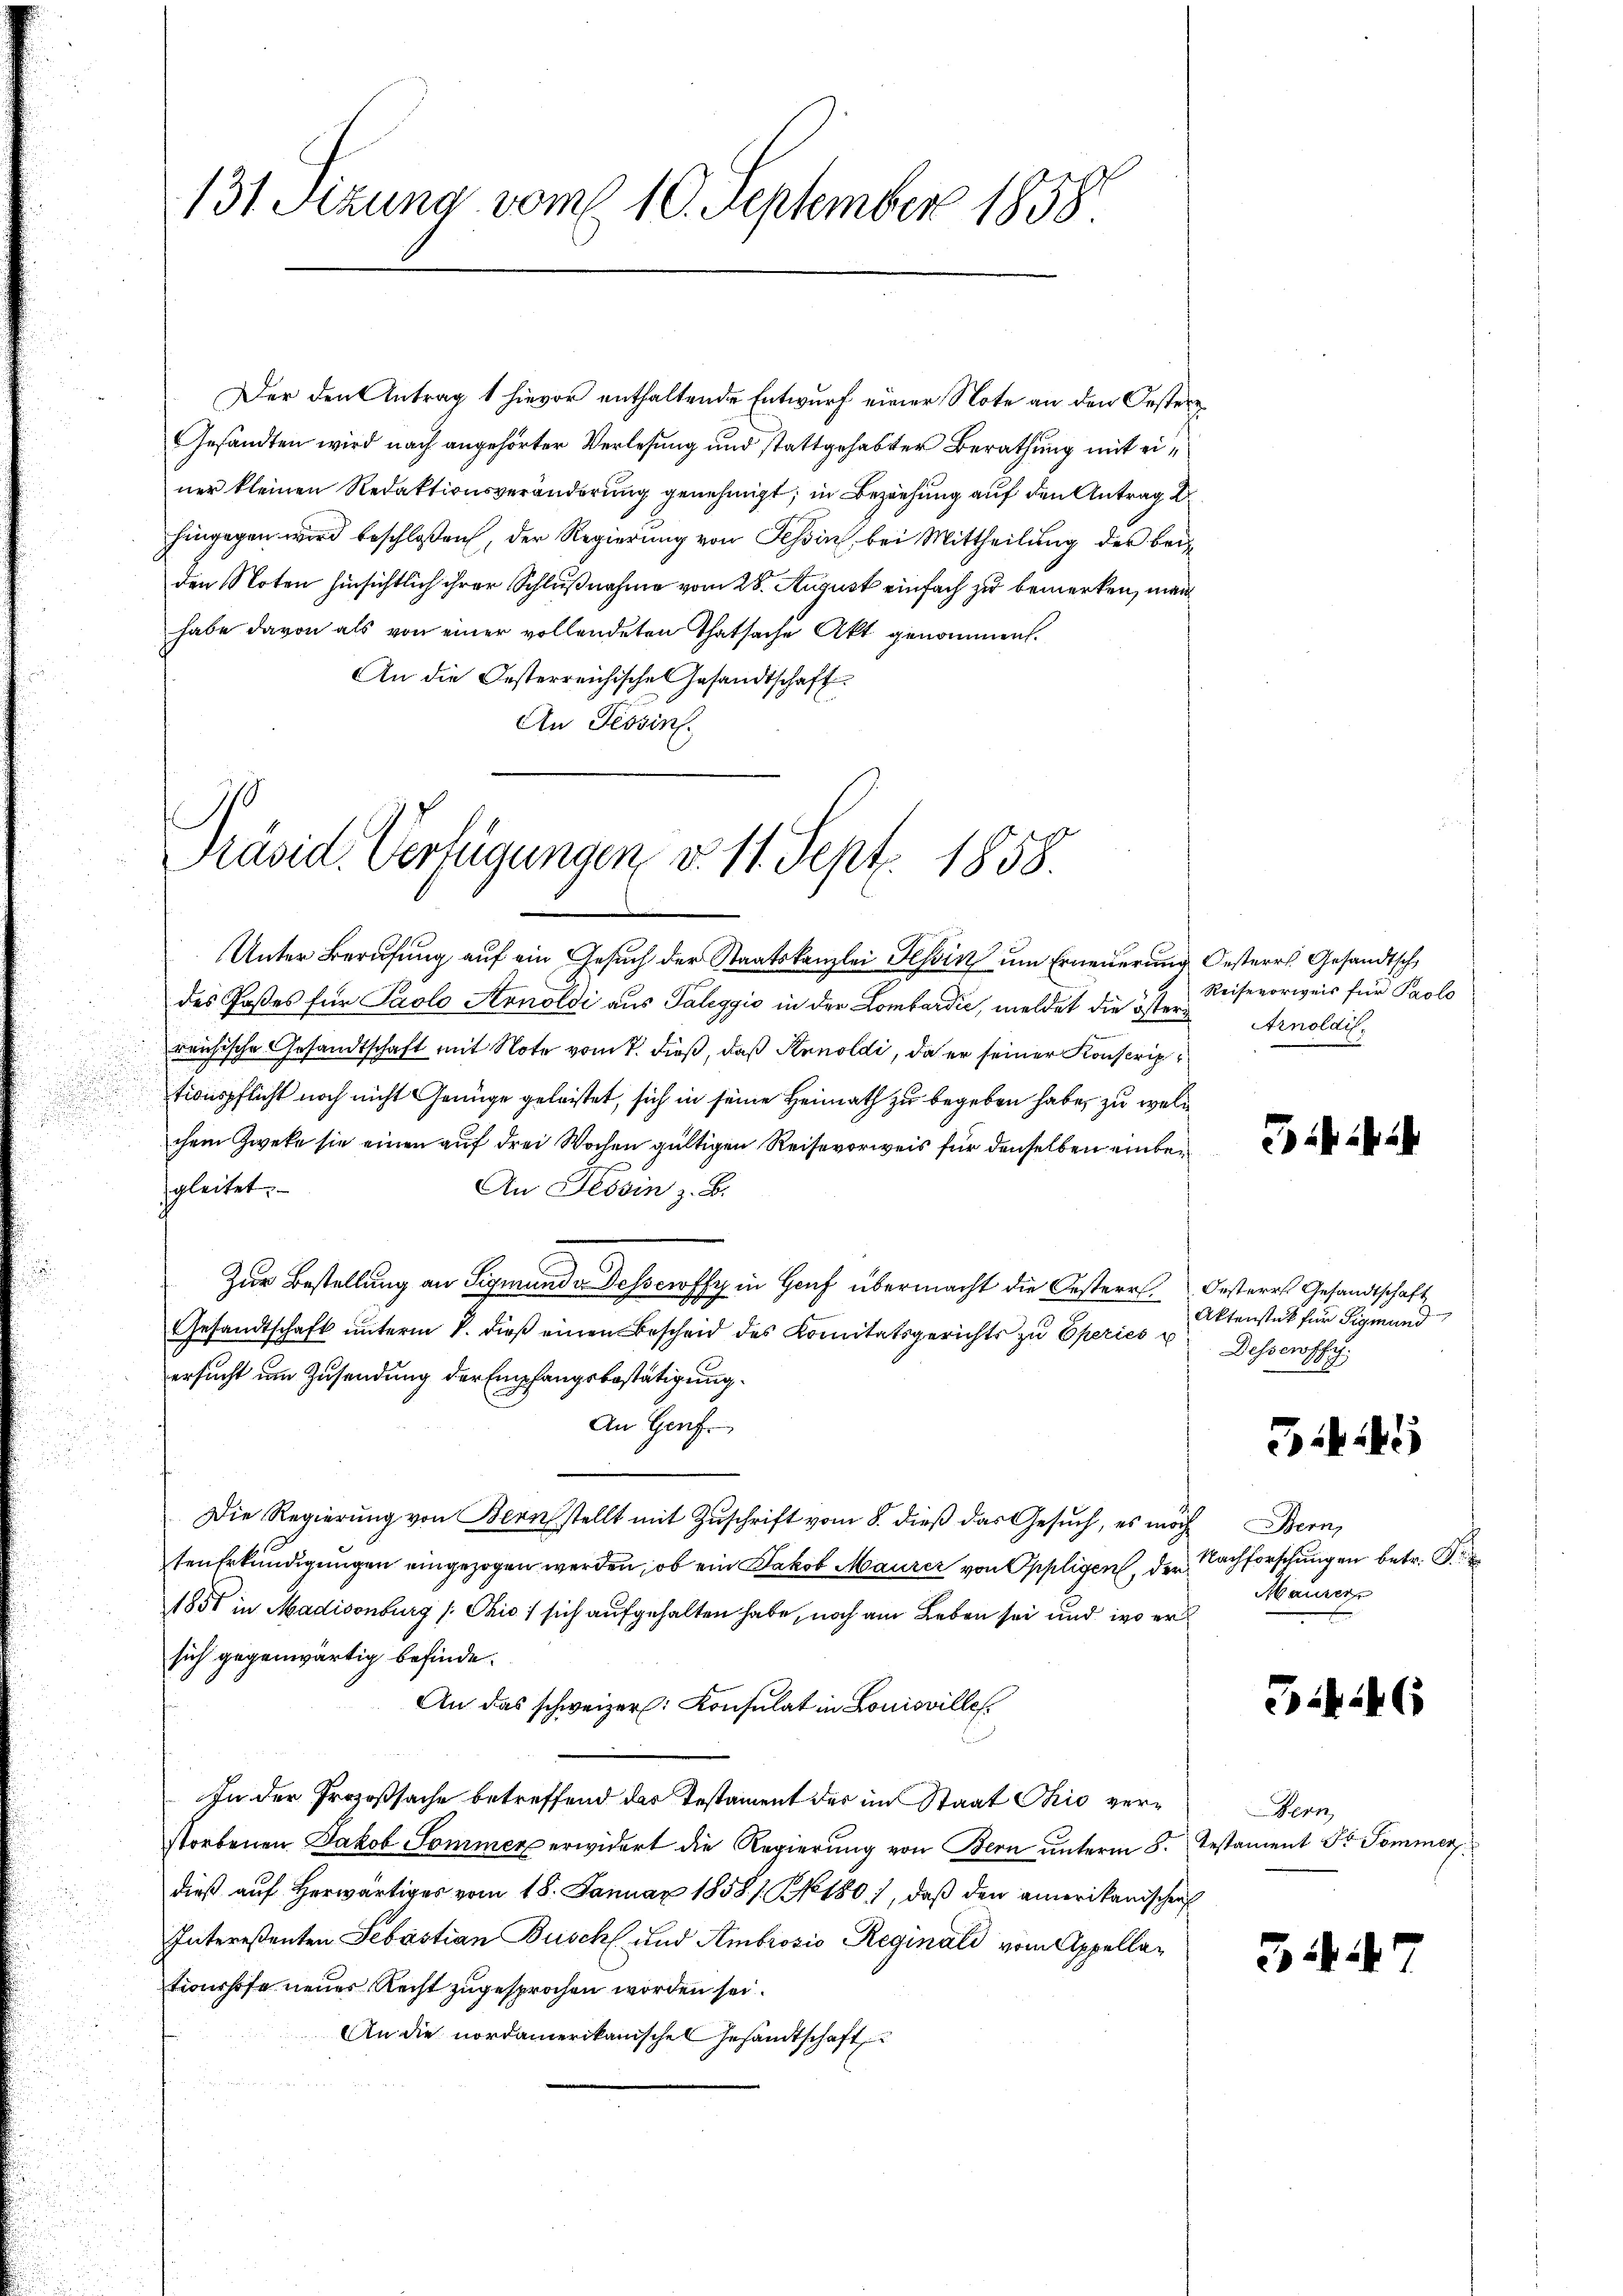
131 Sizung vom 10. September 1858.

Der den Antrag 1 hievor enthaltende Entwurf einer Note an den Oestere
Gesandten wird nach angehörter Verlesung und stattgehabter Berathung mit einer kleinen Redaktionsveränderung genehmigt; in Beziehung auf den Antrag
hingegen wird beschlossen, der Regierung von Tessin, bei Mittheilung der bei
den Noten hinsichtlich ihrer Schlußnahme vom 28. August einfach zu bemerken, man
habe davon als von einer vollendeten Thatsache Akt genommen.
An die Oesterreichischen Gesandtschaft
An Tessin.

Präsid. Verfügungen v. 11. Sept. 1858.
Unter Berufung auf ein Gesuch der Staatskanzlei Tessin um Erneuerung Oesterr. Gesandtsch

des Poßes für Paolo Arnoldi aus Taleggio in der Lombardić, meldet die öster Arnoldilreichische Gesandtschaft mit Note vom 7. dieß, daß Senoldi, da er seiner Konscrip
tionspflicht noch nicht Genüge geleistet, sich in seine Heimath zu begeben habe, zu welc
chem Zwecke sie einen auf drei Wochen gültigen Reise vorweis für denselben einbegleitet.
An Tessin z. B.
Zur Bestellung an Sigmunde Dessewffy in Genf übermacht die Oesterr. Oesteres Gesandtschaft
Gesandtschaft unterm 8. dieß einen Bescheid des Komitätsgerichts zu Eperies
ersucht um Zusendung der Empfangsbestätigung.
An Genf
Die Regierung von Bernstellt mit Zuschrift vom 8. dieß das Gesuch, es möch
sen Erkundigungen eingezogen werden, ob ein Jakob Maurer von Oppligen, der
1851 in Madisonburg /: Ohio, sich aufgehalten habe, noch am Leben sei und wo er
sich gegenwärtig befinde.
An das schweizer. Konsulat in Louisvilles.
In der Prozeßsache betreffend das Testament des im Staat Chio verstorbenen Jakob Sommer erwidert die Regierung von Bern unterm 8.
dieß auf herwärtiges vom 18. Januar 1858/ NNo. 180), daß den amerikanischen
Intereßenten Sebastian Busch und Ambrosio Reginald vom Appellationshofe neues Recht zugesprochen worden sei.
An die nordamerikanischen Gesandtschaft

Reisevorweis für Paolo

Aktenstück für Sigmund
Dessewffy.

345

Bern,
Nachforschungen betr. P
Maurer

746

Bern,
Testament Dr Pommer

347